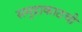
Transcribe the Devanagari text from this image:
समुद्राकाठची